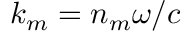
k _ { m } = n _ { m } \omega / c